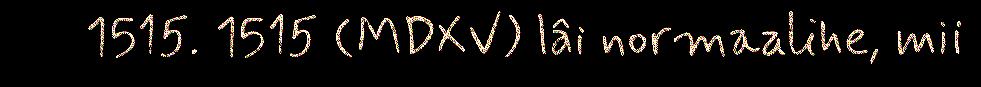
1515. 1515 (MDXV) lâi normaalihe, mii